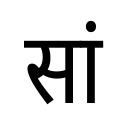
OCR:
सां